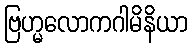
ဗြဟ္မလောကဂါမိနိယာ